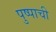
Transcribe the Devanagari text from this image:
पुष्पाची